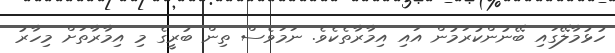
ހުޅުމާލޭގައި ބޭނުންކުރަމުން އައި އިމާރާތެކެވެ. ނަމަވެސް ތިން ބުރީގެ މި އިމާރާތަށް މިހާރު